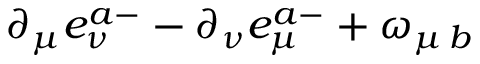
\partial _ { \mu } e _ { \nu } ^ { a - } - \partial _ { \nu } e _ { \mu } ^ { a - } + \omega _ { \mu \, b }